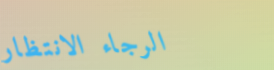
الرجاء الانتظار